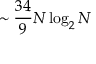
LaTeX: \sim { \frac { 3 4 } { 9 } } N \log _ { 2 } N